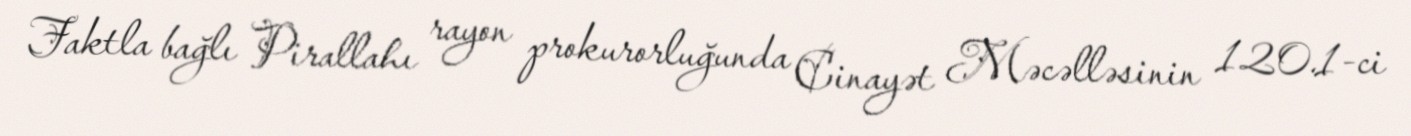
Faktla bağlı Pirallahı rayon prokurorluğunda Cinayət Məcəlləsinin 120.1-ci